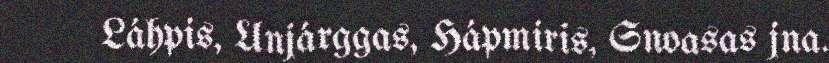
Láhpis, Unjárggas, Hápmiris, Snoasas jna.